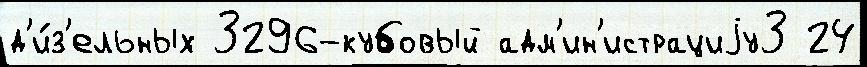
д'и́з'ельных 3296-кубовый адм'ин'истрациjу3 24